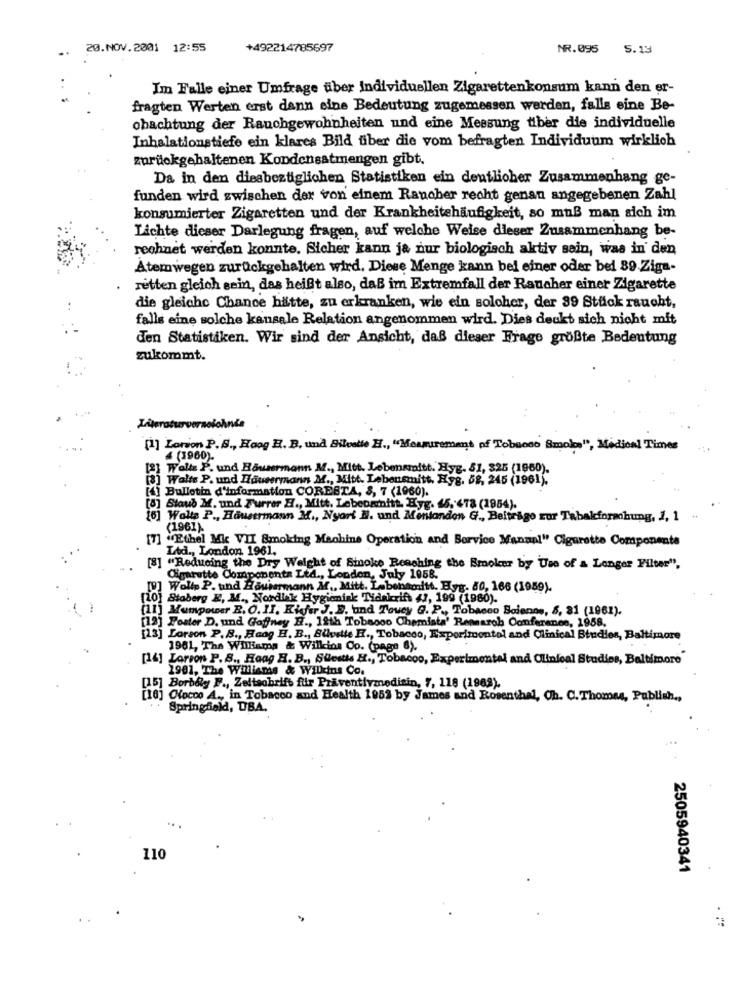
20.NOV.2001 12:55
+492214785697
NR.095
5.19
Im Falle einer Umfrage über Individuellen Zigarettenkonsum kann den er-
fragten Werten erst dann eine Bedeutung zugemessen werden, falls eine Be-
obachtung der Rauchgewohnheiten und eine Messung tiber die individuelle
Inhalationstiefe ein klares Bild über die vom befragten Individuum wirklich
zurückgehaltenen Kondensatmengen gibt.
Da in den diesbezüiglichen Statistiken ein deutlicher Zusammenhang ge-
funden wird zwischen der von einem Rancher recht genan angegebenen Zahl
konsumierter Zigaretten und der Krankheitehäufigkeit, so muß man sich im
Lichte dieser Darlegung fragen, auf welche Weise dieser Zusammenhang be-
rechnet werden konnte. Sicher kann ja nur biologisch aktiv sein, was in den
Atemwegen zurückgehalten wird. Diese Menge kann bei einer oder bei 89.Ziga-
retten gleich sein, das heißt also, daß im Extremfall der Raucher einer Zigarette
die gleiche Chance hätte, zu erkranken, wie ein soloher, der 39 Stück raucht,
falls eine solche kansale Relation angenommen wird. Dies deckt sich nicht mit
den Statistiken. Wir sind der Ansicht, daß dieser Frage größte Bedeutung
zukommt.
[1] Lotion P.S ., Hoog H. B. und Bilvatie H ., "Measurement of Tobacco Smolos", Medical Times
4 (1960).
1 Welts P. und Bausermann M ., Mitt. Lebensmitt. Hyg. 51, 325 (1960).
[3] Walts P. und Haveermann M ., Mitt. Lebensmitt. Hyg. 58, 245 (1961).
[4] Bulletin d'information CORESTA, 8, 7 (1960).
[8] Staud M. und Furrer H ., Mitt. Lebeownitt. Hyg. 45, 478 (1984).
[6] Walls P ., Hausermann M ., Nyart N. und Mentandon G ., Beitrago ror Tabakforschung, 1, 1
(1961).
[7] "Ethel Mic VII Smoking Machine Operation and Service Manual" Cigarette Componente
Ltd ., London 1961,
[8] "Reducing the Dry Weight of Smoke Reaching the Broker by Use of a Longer Filter",
Cigarette Components Ltd ., London, July 1958.
[0] Woll P. und Houhermann M ., Mitt. Labentonitt. Byg. 50, 166 (1959).
[10] Stoberg E, M ., Nordisk Hygienisk Tidskrift 47, 199 (1980).
[11] Mumpower R. O. II. Kiefer J. D, und Toucy G. P ., Tobacco Baienos, 5, 81 (1961).
[12] Poster D. und Gaffney H ., 12th Tobsooo Chemista' Repearob Conference, 1958,
E DEZEE E E ESE
[13] Lorson P.B ., Hoog H. B ., Siville E ., Tobacco, Experimental and Clinical Studies, Baltimore
1961, The Williama & Willcios Co. (page 6).
[14] Larson P. S ., Haag H. B ., Sulestis H ., Tobacco, Experimental and Clinical Studies, Baltimore
1991, The Williams & Willcins Co.
[15] Borbély F ., Zeltsobrifb für Präventivmedizin, 7, 118 (1988).
[10] Ciocco A ., in Tobacco and Health 1953 by James and Rosenthal, Ch. C.Thomas, Publish .,
Springfield, UBA.
110
: 2505940341